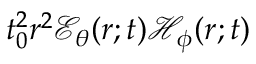
t _ { 0 } ^ { 2 } r ^ { 2 } { \mathcal E } _ { \theta } ( r ; t ) { \mathcal H } _ { \phi } ( r ; t )